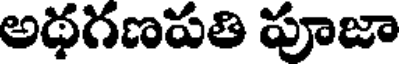
అథగణపతి పూజా